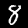
Digit: 8